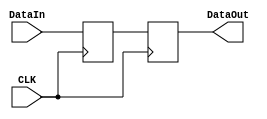
`timescale 1ns / 1ps
//////////////////////////////////////////////////////////////////////////////////
// Company: 
// Engineer: 
// 
// Design Name: 
// Module Name: DR
// Project Name: 
// Target Devices: 
// Tool Versions: 
// Description: 
// 
// Dependencies: 
// 
// Revision:
// Revision 0.01 - File Created
// Additional Comments:
// 
//////////////////////////////////////////////////////////////////////////////////


module DR(CLK, DataIn, DataOut);
input CLK;
input [31:0] DataIn;
output reg [31:0] DataOut;
reg [31:0] DR;
initial begin
    DR = 0;
end

always @(negedge CLK) 
begin
    DR <= DataIn;
end

always @(posedge CLK)
begin
    DataOut <= DR;
end
endmodule